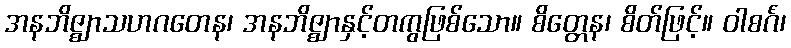
အနဘိဇ္ဈာသဟဂတေန၊ အနဘိဇ္ဈာနှင့်တကွဖြစ်သော။ စိတ္တေန၊ စိတ်ဖြင့်။ ဝါစင်္ဂံ၊